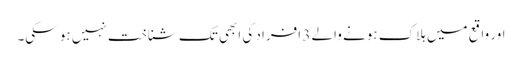
اور واقع میں ہلاک ہونے والے 3 افراد کی ابھی تک شناخت نہیں ہو سکی۔